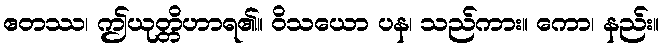
ဧတဿ၊ ဤယုတ္တိဟာရ၏။ ဝိသယော ပန၊ သည်ကား။ ကော၊ နည်း။